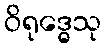
ဝိရုဒ္ဓေသု